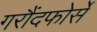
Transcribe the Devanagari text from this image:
गरौंदफोर्से